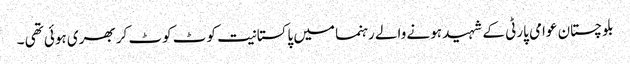
بلوچستان عوامی پارٹی کے شہید ہونے والے رہنما میں پاکستانیت کوٹ کوٹ کر بھری ہوئی تھی ۔